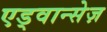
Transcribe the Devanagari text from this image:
एड्वान्सेज़